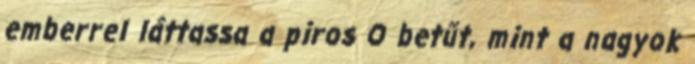
emberrel láttassa a piros O betűt, mint a nagyok